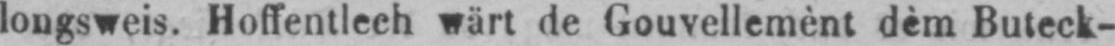
longsweis. Hoffentlech wärt de Gouvellemènt dèm Buteck-